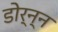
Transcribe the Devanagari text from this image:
डोर्न्न